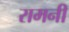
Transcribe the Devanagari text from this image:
रामनी